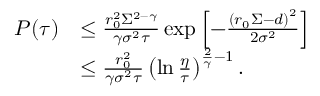
\begin{array} { r l } { P ( \tau ) } & { \leq \frac { r _ { 0 } ^ { 2 } \Sigma ^ { 2 - \gamma } } { \gamma \sigma ^ { 2 } \tau } \exp \left[ - \frac { \left( r _ { 0 } \Sigma - d \right) ^ { 2 } } { 2 \sigma ^ { 2 } } \right] } \\ & { \leq \frac { r _ { 0 } ^ { 2 } } { \gamma \sigma ^ { 2 } \tau } \left( \ln \frac { \eta } { \tau } \right) ^ { \frac { 2 } { \gamma } - 1 } . } \end{array}